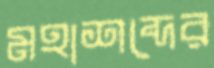
মহাশব্দের